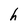
Character: h